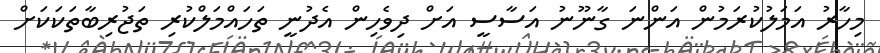
މިހާރު އަމަލުކުރަމުން އަންނަ ގާނޫނު އަސާސީ އަށް ދިވެހިން އެދުނީ ތަހައްމަލްކުރި ތަޖުރިބާތަކަކަށް